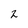
Character: 2